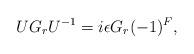
LaTeX: \begin{align*} U G_r U^{-1} = i\epsilon G_r (-1)^F,\end{align*}